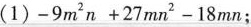
(1）$$ -9m^{2}n+27mn^{2} -18mn；$$